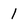
Character: 1